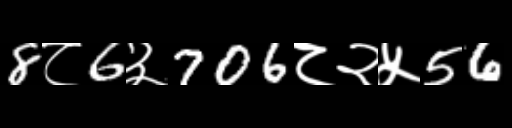
Text: 8८6३706८२५56